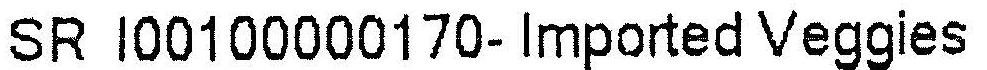
SR I00100000170- IMPORTED VEGGIES